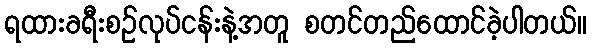
ရထားခရီးစဉ်လုပ်ငန်းနဲ့အတူ စတင်တည်ထောင်ခဲ့ပါတယ်။